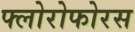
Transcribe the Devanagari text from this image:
फ्लोरोफोरस